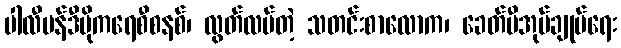
ပါလီမန်ဒီမိုကရေစီစနစ်၊ လွတ်လပ်တဲ့ သတင်းစာလောက၊ ခေတ်မီအုပ်ချုပ်ရေး